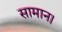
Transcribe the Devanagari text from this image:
सामान।